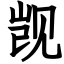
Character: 觊